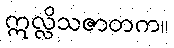
ဣလ္လိသဇာတက။